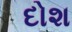
દોશ